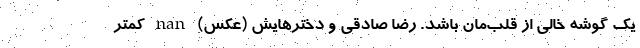
یک گوشه خالی از قلب‌مان باشد. رضا صادقی و دخترهایش (عکس) nan کمتر